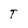
Character: T